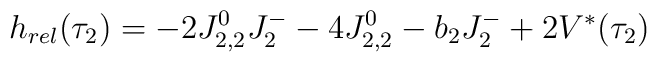
h_{rel}(\tau_2) = - 2J_{2,2}^0 J_{2}^- - 4 J_{2,2}^0 - b_2 J_{2}^- + 2 V^*(\tau_2)